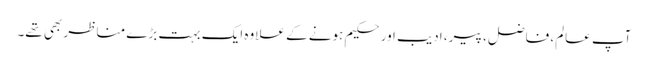
آپ عالم، فاضل، پیر، ادیب اور حکیم ہونے کے علاوہ ایک بہت بڑے مناظر بھی تھے۔